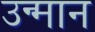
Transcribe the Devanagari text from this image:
उन्मान